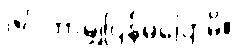
ဇင် ဘာမျှပြန်မပြောမိ။